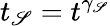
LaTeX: t_{\mathscr{S}}=t^{\gamma_{\mathscr{S}}}